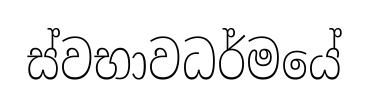
ස්වභාවධර්මයේ